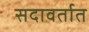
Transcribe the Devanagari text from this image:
सदावर्तात